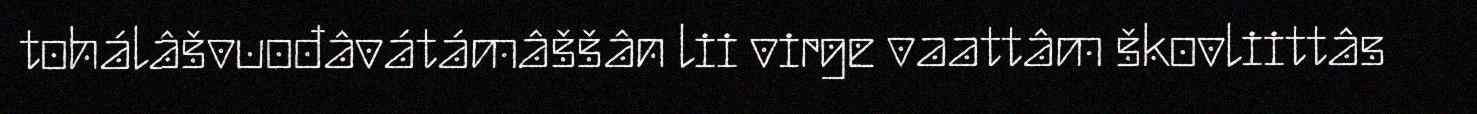
tohálâšvuođâvátámâššân lii virge vaattâm škovliittâs